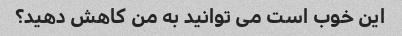
این خوب است می توانید به من کاهش دهید؟